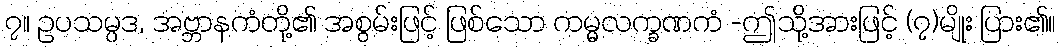
၇။ ဥပသမ္ပဒ, အဗ္ဘာနကံတို့၏ အစွမ်းဖြင့် ဖြစ်သော ကမ္မလက္ခဏကံ -ဤသို့အားဖြင့် (၇)မျိုး ပြား၏။